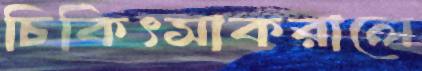
চিকিৎসাকরালে